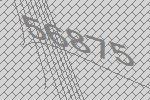
56875